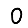
Digit: 0